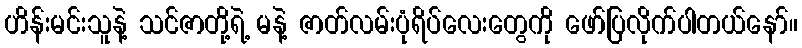
ဟိန်းမင်းသူနဲ့ သင်ဇာတို့ရဲ့ မနဲ့ ဇာတ်လမ်းပုံရိပ်လေးတွေကို ဖော်ပြလိုက်ပါတယ်နော်။